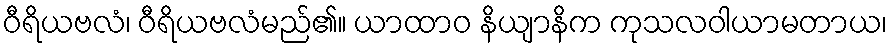
ဝီရိယဗလံ၊ ဝီရိယဗလံမည်၏။ ယာထာဝ နိယျာနိက ကုသလဝါယာမတာယ၊